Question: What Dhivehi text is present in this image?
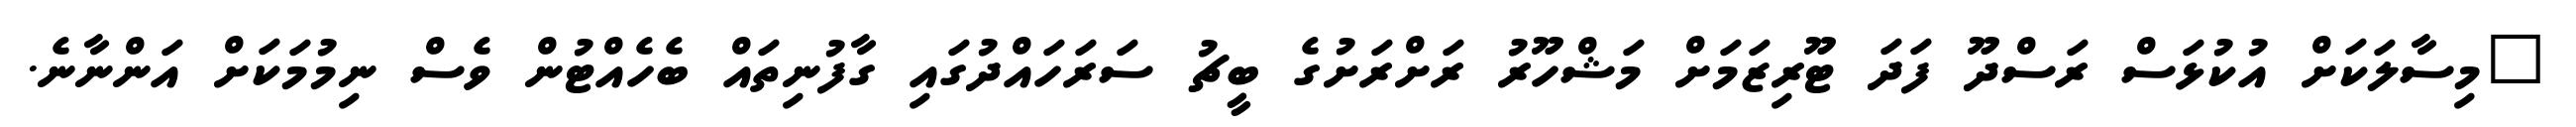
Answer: "މިސާލަކަށް އުކުޅަސް ރަސްދޫ ފަދަ ޓޫރިޒަމަށް މަޝްހޫރު ރަށްރަށުގެ ބީޗު ސަރަހައްދުގައި ގާފުނިތައް ބެހެއްޓުން ވެސް ނިމުމަކަށް އަންނާނެ.